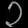
Digit: ၃